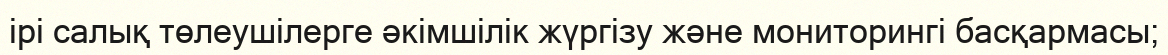
ірі салық төлеушілерге әкімшілік жүргізу және мониторингі басқармасы;